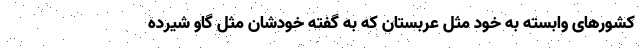
کشورهای وابسته به خود مثل عربستان که به گفته خودشان مثل گاو شیرده